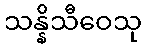
သန္နိသီဝေသု